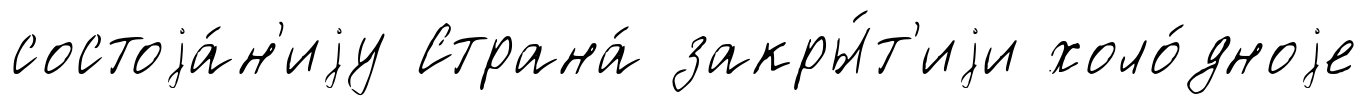
состоjа́н'иjу Страна́ закры́т'иjи холо́дноjе